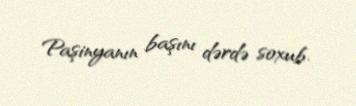
Paşinyanın başını dərdə soxub.